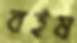
বইষ